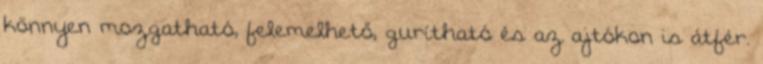
könnyen mozgatható, felemelhető, gurítható és az ajtókon is átfér.